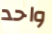
واحد